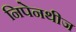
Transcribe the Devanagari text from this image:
निपेनथीज